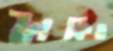
ট্রাকিও